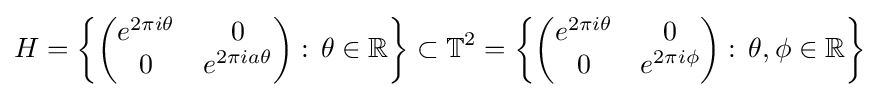
H=\left\{\left({\begin{matrix}e^{2\pi i\theta }&0\\0&e^{2\pi ia\theta }\end{matrix}}\right):\,\theta \in \mathbb {R} \right\}\subset \mathbb {T} ^{2}=\left\{\left({\begin{matrix}e^{2\pi i\theta }&0\\0&e^{2\pi i\phi }\end{matrix}}\right):\,\theta ,\phi \in \mathbb {R} \right\}